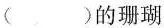
()的珊瑚